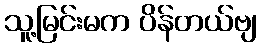
သူ့မြင်းမက ပိန်တယ်ဗျ